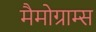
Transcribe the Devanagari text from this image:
मैमोग्राम्स